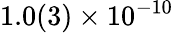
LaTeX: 1.0(3)\times 10^{-10}